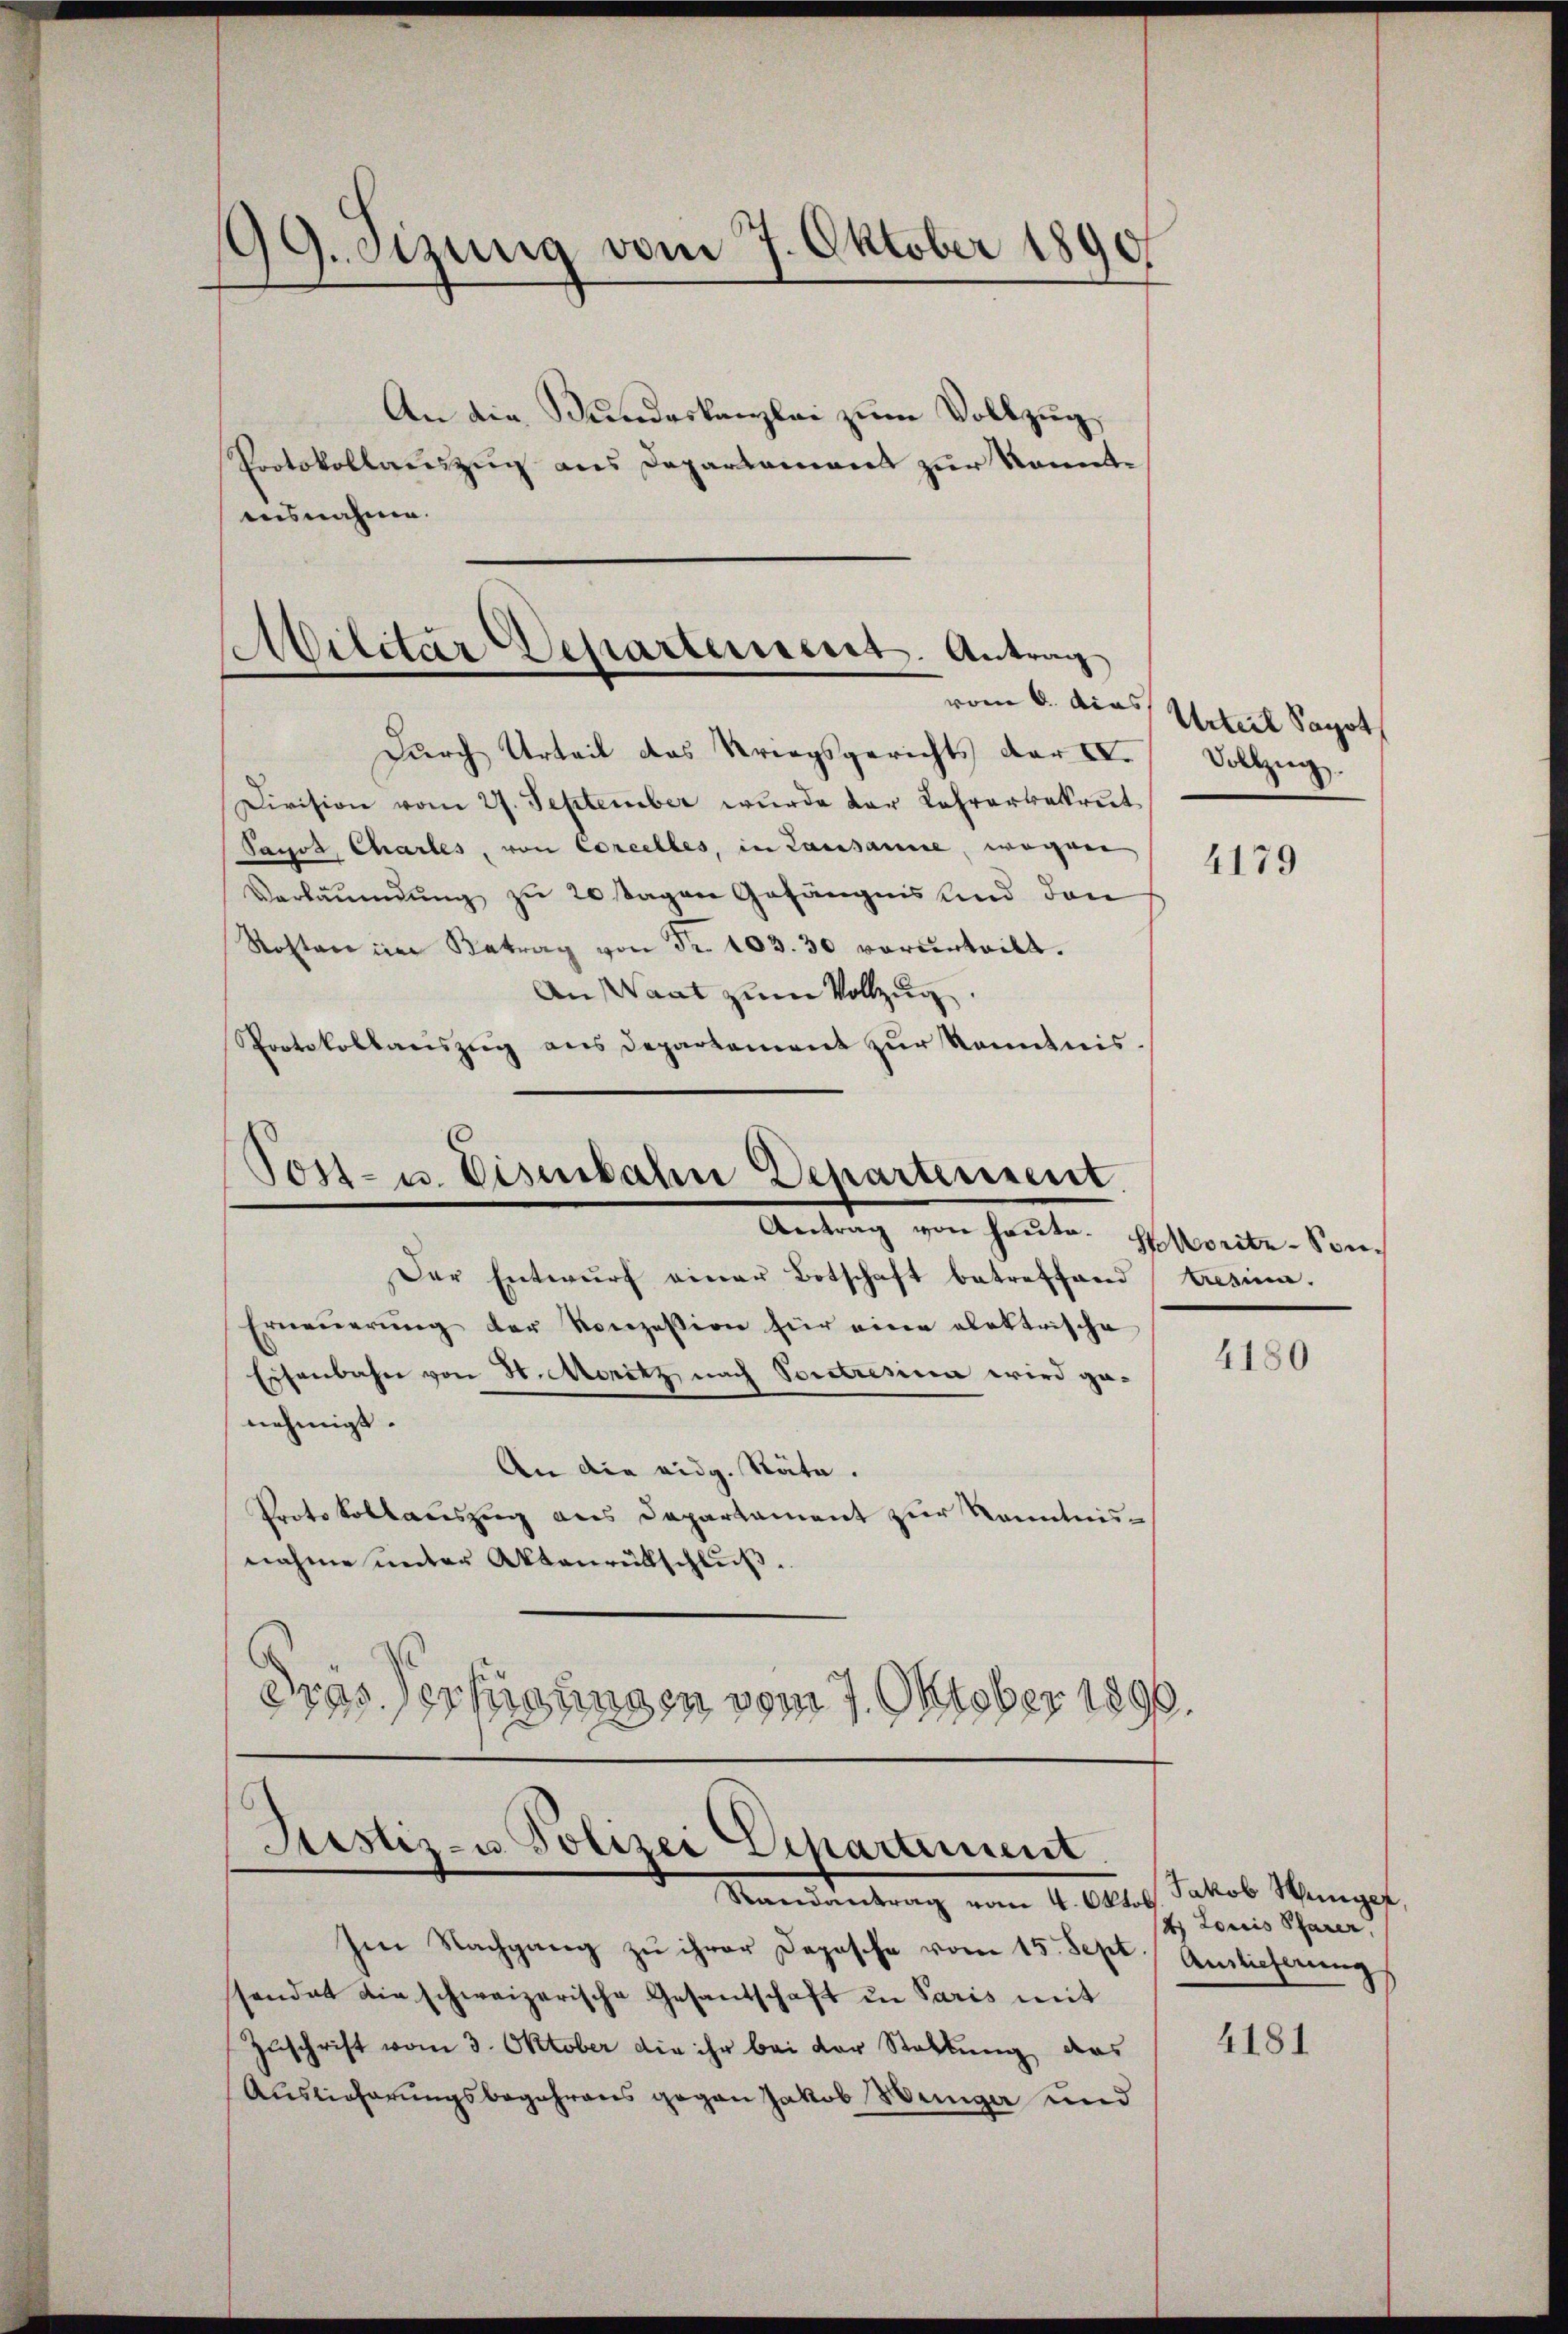
¬
19. Sizung vom 7. Oktober 1890

An die Bundeskanzlei zum Vollzug
Protokollauszug aus Departement zur Komentausnahme.

Militar Departement. Antrag
vom 6. das

Tost- u. Eisenbahn Departement.

Durch Urteil das Kriegsgerichts der IV.
Division vom 27. September wurde der Lehrarbereit
Panos, Chartes, von Corcelles, in Lausanne, wegnen
Verläumdung zu 20 Tagen Gefängnis und den
Kosten im Betrag von Nr. 103. 30 vorurteilt.
An Waat zum Vollzug.
Protokollauszug aus Departement zur Kenntnis.

Justiz- u. Polizei Departement
Mandankung vom 4. Alles Jakob Weingeg,

Urteil Sapoth
Vollzug.

Antrag von heute. Morite-Son¬
Der Entwurf einer Botschaft betreffend resima.
Erneṅerŭng der Konzession für eine elektrische
Eisenbahn von H. Moritz nach Vortresia wird genehmigt.
An die eidg. Stäte.
Protokollauszug aus Departament zur Kenntnisnahme unter Aktenrutschluß
Dras Verfügungen vom 7. Oktober 1890.

Im Nachgang zu ihrer Depesche vom 15. Sept. Auslieferung
sandat die schweizerische Gesandschaft in Paris mit
Zuschrift vom 3. Oktober die ihr bei der Stellung das
Auslieferungsbegehrens gegen Jakob Weinger und

4179

4180

4. Loris Pfarer,

4181